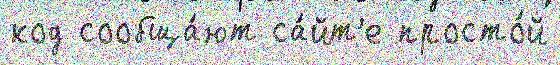
код сообща́ют са́йт'е просто́й